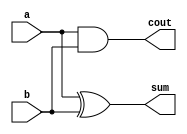

module hadd(a,b,cout,sum

    );
    input wire a,b;
    output wire cout,sum;
    assign cout=a&b;
    assign sum=a^b;
    
endmodule